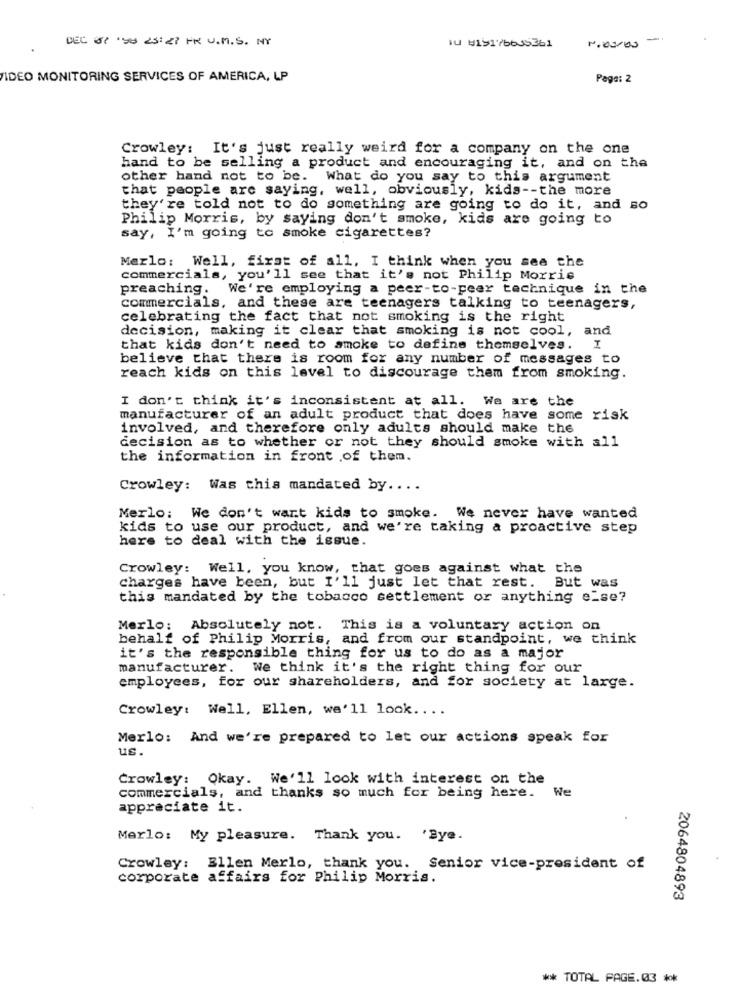
DEL 01 58 23:27 FR U.M.S. NY
IU #19176635361
-
1.03/00
IDEO MONITORING SERVICES OF AMERICA, LP
Page: 2
Crowley: It's just really weird for a company on the one
hand to be selling a product and encouraging it, and on the
other hand not to be. What do you say to this argument
that people are saying, well, obviously, kids -- the more
they're told not to do something are going to do it, and so
Philip Morris, by saying don't smoke, kids are going to
say, I'm going to smoke cigarettes?
Merlo: Well, first of all, I think when you see the
commercials, you'll see that it's not Philip Morris
preaching. We're employing a peer-to-peer technique in the
commercials, and these are teenagers talking to teenagers,
celebrating the fact that not smoking is the right
decision, making it clear that smoking is not cool, and
that kids don't need to smoke to define themselves. I
believe that there is room for any number of messages to
reach kids on this level to discourage them from smoking.
I don't think it's inconsistent at all. We are the
manufacturer of an adult product that does have some risk
involved, and therefore only adults should make the
decision as to whether or not they should smoke with all
the information in front of them.
Crowley: Was this mandated by ....
Merlo: We don't want kids to smoke. We never have wanted
kids to use our product, and we're taking a proactive step
here to deal with the issue.
Crowley: Well, you know, that goes against what the
charges have been, but I'll just let that rest. But was
this mandated by the tobacco settlement or anything else?
Merlo: Absolutely not. This is a voluntary action on
behalf of Philip Morris, and from our standpoint, we think
it's the responsible thing for us to do as a major
manufacturer. We think it's the right thing for our
employees, for our shareholders, and for society at large.
Crowley: Well, Ellen, we'll look ....
Merlo: And we're prepared to let our actions speak for
us.
Crowley: Okay. We'll look with interest on the
commercials, and thanks so much for being here. We
appreciate it.
Merlo: My pleasure. Thank you. 'Bye.
Crowley: Ellen Merlo, thank you. Senior vice-president of
corporate affairs for Philip Morris.
2064804893
** TOTAL PAGE.03 **